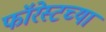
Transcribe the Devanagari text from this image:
फॉरेस्टच्या